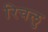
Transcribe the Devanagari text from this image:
रिचलु